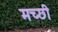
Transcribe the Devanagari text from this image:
मच्छी